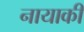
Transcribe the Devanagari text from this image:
नायाकी